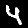
Digit: 4